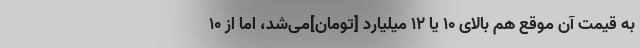
به قیمت آن موقع هم بالای ۱۰ یا ۱۲ میلیارد [تومان]می‌شد، اما از ۱۰